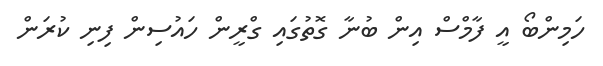
ހަމިންބޯ އީ ފާމްސް އިން ބުނާ ގޮތުގައި ގްރީން ހައުސިން ފިނި ކުރަން